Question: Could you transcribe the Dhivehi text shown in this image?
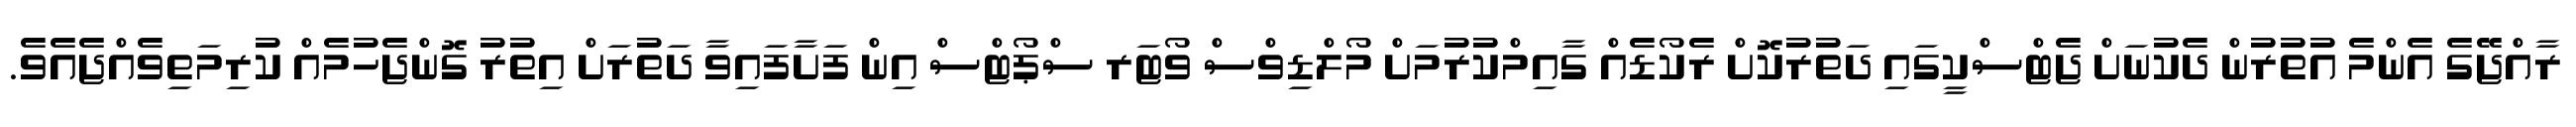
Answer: ރާއްޖޭގެ އެންމެ އުތުރުން ދެކުނަށް ޖެޓްސްކީގައި ދަތުރުކޮށް ރެކޯޑެއް ގާއިމްކުރުމަށް މޯލްޑިވްސް ވޯޓަރ ސްޕޯޓްސް އިން ފަށާފައިވާ ދަތުރަށް އިތުރު ގޮންޖެހުމެއް ކުރިމަތިވެއްޖެއެވެ.